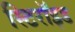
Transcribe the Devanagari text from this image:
स्टिरॉइड